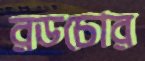
রডচোর